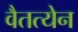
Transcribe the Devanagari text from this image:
वैतत्येन